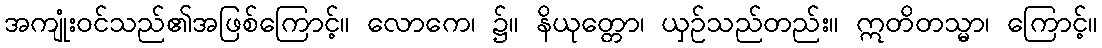
အကျုံးဝင်သည်၏အဖြစ်ကြောင့်။ လောကေ၊ ၌။ နိယုတ္တော၊ ယှဉ်သည်တည်း။ ဣတိတသ္မာ၊ ကြောင့်။